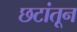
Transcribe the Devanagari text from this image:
छटांतून